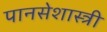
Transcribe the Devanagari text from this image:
पानसेशास्त्री